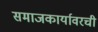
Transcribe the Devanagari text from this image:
समाजकार्यावरची